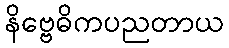
နိဗ္ဗေဓိကပညတာယ